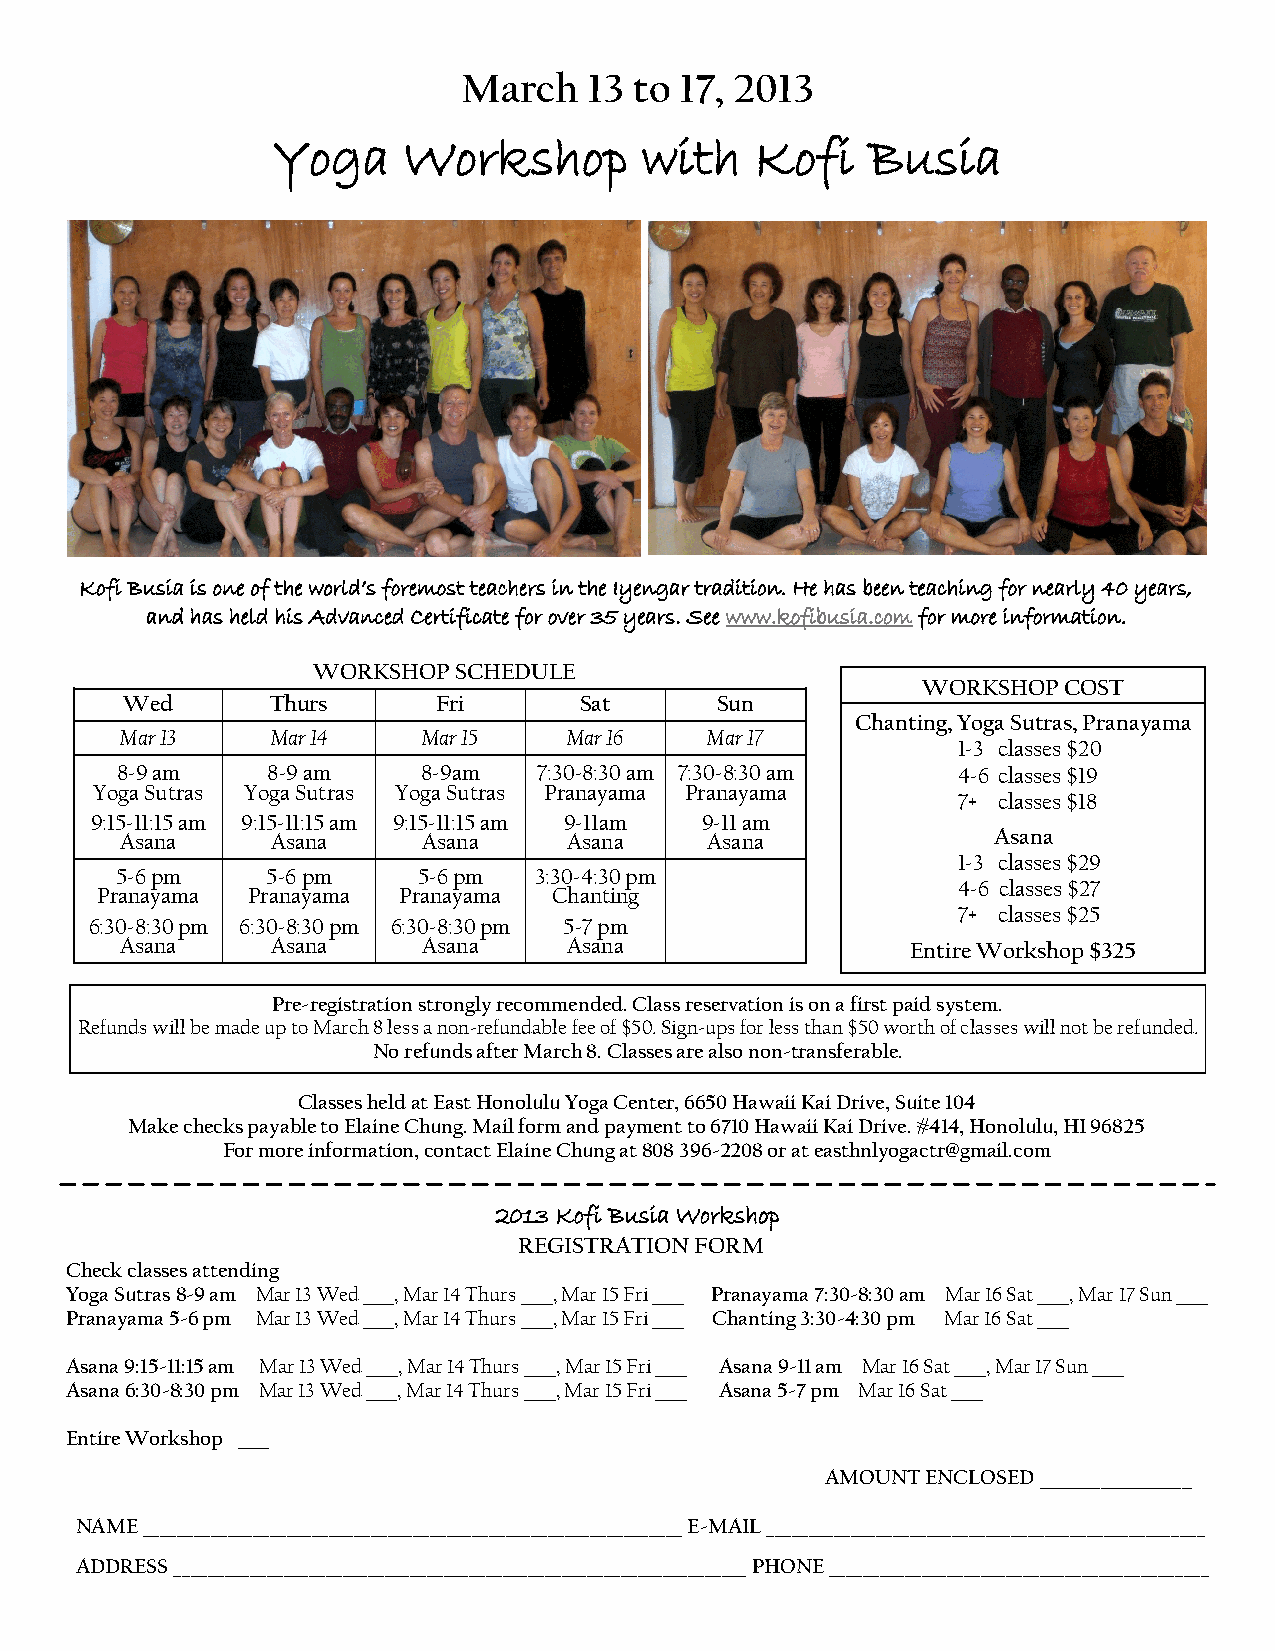
March   13 to 17, 2013
 Yoga     Workshop        with   Kofi   Busia
 Kofi Busia is one of the world’s foremost teachers in the Iyengar tradition. He has been teaching for nearly 40 years,
 and has held his Advanced Certificate for over 35 years. See www.kofibusia.com for more information.
 WORKSHOP SCHEDULE
 WORKSHOP COST
 Wed       Thurs      Fri      Sat      Sun
 Chanting, Yoga Sutras, Pranayama
 Mar 13    Mar 14    Mar 15    Mar 16   Mar 17
 1-3 classes $20
 8-9 am    8-9 am    8-9 am  7:30-8: 30 am 7:30-8: 30 am 4-6 classes $19
 Yoga Sutras Yoga Sutras Yoga Sutras Pranayama Pranayama
 7+ classes $18
 9:15-11:15 am 9:15-11:15 am 9:15-11:15 am 9-11am 9-11 am
 Asana     Asana     Asana     Asana    Asana              Asana
 1-3 classes $29
 5-6 pm    5-6 pm    5-6 pm 3:30-4: 30 pm
 4-6 classes $27
 Pranayama Pranayama Pranayama  Chanting
 7+ classes $25
 6:30-8:30 pm 6:30-8:30 pm 6:30-8:30 pm 5-7 pm
 Asana     Asana     Asana     Asana                 Entire Workshop $325
 Pre-registration strongly recommended. Class reservation is on a first paid system.
 Refunds will be made up to March 8 less a non-refundable fee of $50. Sign-ups for less than $50 worth of classes will not be refunded.
 No refunds after March 8. Classes are also non-transferable.
 Classes held at East Honolulu Yoga Center, 6650 Hawaii Kai Drive, Suite 104
 Make checks payable to Elaine Chung. Mail form and payment to 6710 Hawaii Kai Drive. #414, Honolulu, HI 96825
 For more information, contact Elaine Chung at 808 396-2208 or at easthnlyogactr@gmail.com
 2013 Kofi Busia Workshop
 REGISTRATION FORM
 Check classes attending
 Yoga Sutras 8-9 am Mar 13 Wed ____, Mar 14 Thurs ____, Mar 15 Fri ____ Pranayama 7:30-8:30 am Mar 16 Sat ____, Mar 17 Sun ____
 Pranayama 5-6 pm Mar 13 Wed ____, Mar 14 Thurs ____, Mar 15 Fri ____ Chanting 3:30-4:30 pm Mar 16 Sat ____
 Asana 9:15-11:15 am Mar 13 Wed ____, Mar 14 Thurs ____, Mar 15 Fri ____ Asana 9-11 am Mar 16 Sat ____, Mar 17 Sun ____
 Asana 6:30-8:30 pm Mar 13 Wed ____, Mar 14 Thurs ____, Mar 15 Fri ____ Asana 5-7 pm Mar 16 Sat ____
 Entire Workshop ____
 AMOUNT ENCLOSED _______________
 NAME ________________________________________________________________ E-MAIL ____________________________________________________
 ADDRESS ____________________________________________________________________ PHONE _____________________________________________